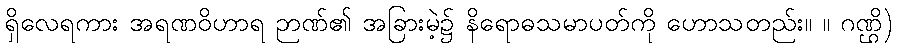
ရှိလေရကား အရဏဝိဟာရ ဉာဏ်၏ အခြားမဲ့၌ နိရောဓသမာပတ်ကို ဟောသတည်း။ ။ ဂဏ္ဌိ)